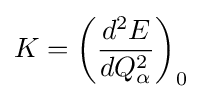
K=\left({\frac {d^{2}E}{dQ_{\alpha }^{2}}}\right)_{0}